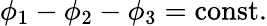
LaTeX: \phi_{1}-\phi_{2}-\phi_{3}=\mathrm{const.}